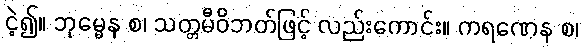
ငဲ့၍။ ဘုမ္မေန စ၊ သတ္တမီဝိဘတ်ဖြင့် လည်းကောင်း။ ကရဏေန စ၊